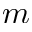
m